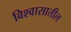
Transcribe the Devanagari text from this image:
विश्‍वासातील